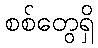
စစ်တွေရှိ